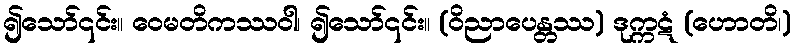
၍သော်၎င်း။ ဝေမတိကဿဝါ၊ ၍သော်၎င်း။ (ဝိညာပေန္တဿ) ဒုက္ကဋံ (ဟောတိ၊)